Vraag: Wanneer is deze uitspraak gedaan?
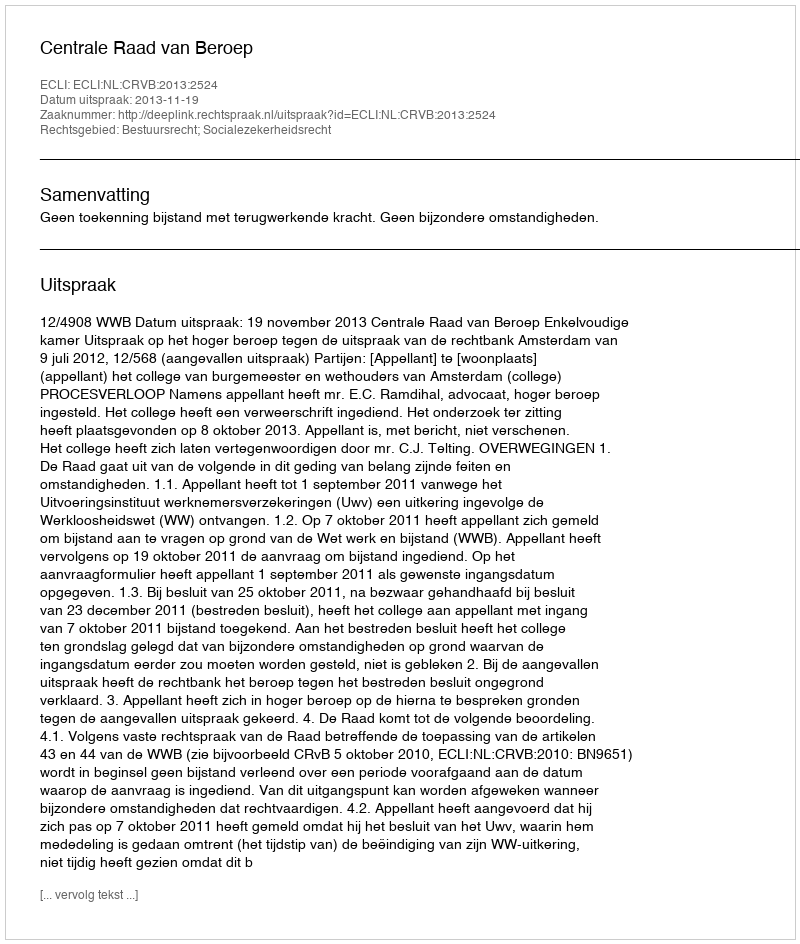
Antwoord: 2013-11-19